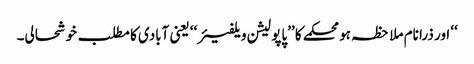
‘‘ اور ذرا نام ملاحظہ ہو محکمے کا ’’پاپولیشن ویلفیئر‘‘ یعنی آبادی کا مطلب خوشحالی۔